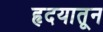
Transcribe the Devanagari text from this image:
हृदयातून